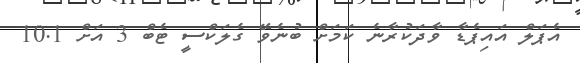
އެޕަލް އައިޕެޑާ ވާދަކުރާނެ ކަމަށް ބުނެވޭ ގެލަކްސީ ޓެބް 3 އަށް 10.1